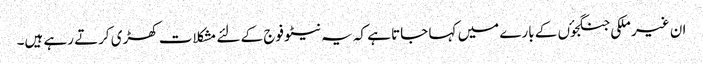
ان غیر ملکی جنگجوٴں کے بارے میں کہا جاتا ہے کہ یہ نیٹو فوج کے لئے مشکلات کھڑی کرتے رہے ہیں۔